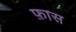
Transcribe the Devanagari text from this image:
फ़ास